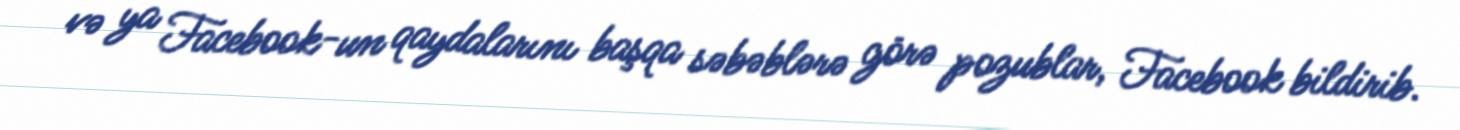
və ya Facebook-un qaydalarını başqa səbəblərə görə pozublar, Facebook bildirib.